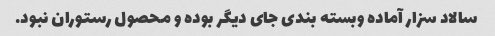
سالاد سزار آماده وبسته بندی جای دیگر بوده و محصول رستوران نبود.